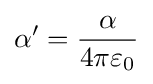
\alpha '={\frac {\alpha }{4\pi \varepsilon _{0}}}